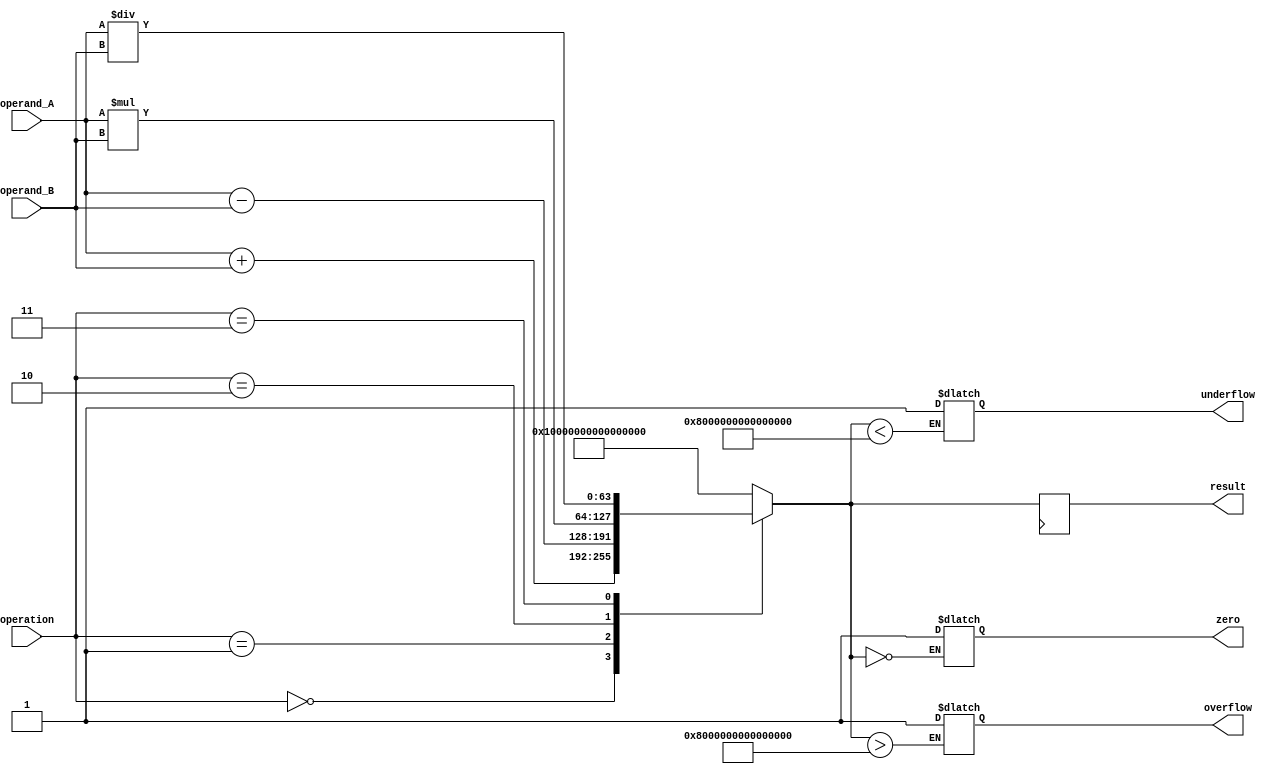
module DoublePrecisionFloatingPointUnit (
    input wire [63:0] operand_A,
    input wire [63:0] operand_B,
    input wire [2:0] operation,
    output reg [63:0] result,
    output reg zero,
    output reg overflow,
    output reg underflow
);

reg [63:0] result_temp;
reg [63:0] operand_A_temp;
reg [63:0] operand_B_temp;

always @(*) begin
    operand_A_temp = operand_A;
    operand_B_temp = operand_B;
    
    case (operation)
        3'b000: result_temp = operand_A_temp + operand_B_temp; // Addition
        3'b001: result_temp = operand_A_temp - operand_B_temp; // Subtraction
        3'b010: result_temp = operand_A_temp * operand_B_temp; // Multiplication
        3'b011: result_temp = operand_A_temp / operand_B_temp; // Division
        default: result_temp = 64'hFFFFFFFFFFFFFFFF; // Error condition
    endcase
    
    // Check for special cases
    if (result_temp == 64'h0000000000000000) zero = 1;
    if (result_temp > 64'h7FFFFFFFFFFFFFFF) overflow = 1;
    if (result_temp < 64'h8000000000000000) underflow = 1;
end

always @(posedge clk) begin
    result <= result_temp;
end

endmodule